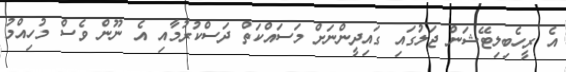
އެ ރީހެބިލިޓޭޝަން ޖަލުގައި ގައިދީންނަށް މަސައްކަތް ދަސްކުރުމާއި އެ ނޫން ވެސް މުހިއްމު